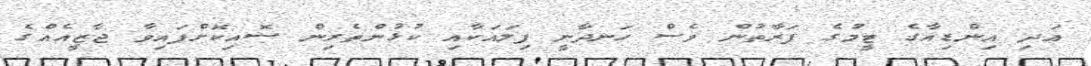
އަދި އިންޑިއާގެ ޓީމުގެ ފަރާތުން ވެސް ހަނދާނީ ފިލައަކާއި ކުޅުންތެރިން ސޮއިކޮށްފައިވާ ޖާޒީއެއްގެ